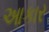
આકાર